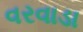
વરવાડા